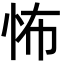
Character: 怖